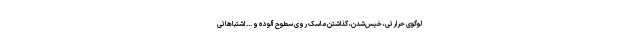
لوگوی حرارتی، خیس‌شدن، گذاشتن ماسک روی سطوح آلوده و ... اشتباهاتی